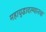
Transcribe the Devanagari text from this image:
महायुद्धादरम्यानचा